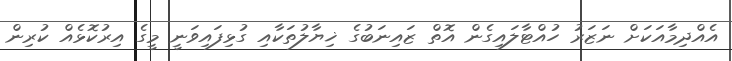
އެއްދިމާއަކަށް ނަޒަރު ހުއްޓާލައިގެން އޮތް ޒައިނަބުގެ ޚިޔާލުތަކާއި ގުޅިފައިވަނީ މީގެ އިރުކޮޅެއް ކުރިން